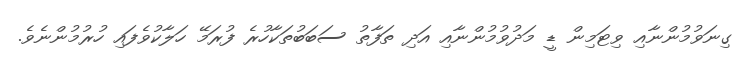
ގިނަވުމުންނާއި ވިޓަމިން ޑީ މަދުވުމުންނާއި އަދި ތަފާތު ސަބަބުތަކާހުރެ ފުރަމޭ ހަލާކުވެފައި ހުރުމުންނެވެ.